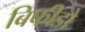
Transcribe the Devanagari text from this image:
बिफीडो